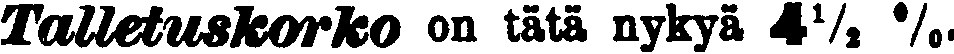
Talletuskorko on tätä nykyä 4½ %.